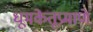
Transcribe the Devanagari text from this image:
धूमकेतूप्रमाणे